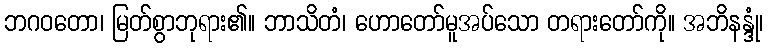
ဘဂဝတော၊ မြတ်စွာဘုရား၏။ ဘာသိတံ၊ ဟောတော်မူအပ်သော တရားတော်ကို။ အဘိနန္ဒုံ၊